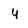
Character: y